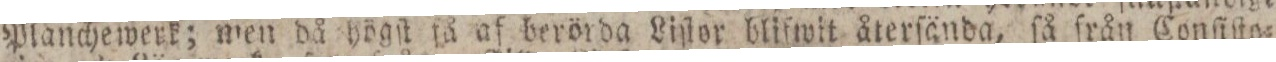
Planchewerk; men då högſt få af berörda Liſtor blifwit återſända, ſå från Conſiſto=